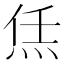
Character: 㶵